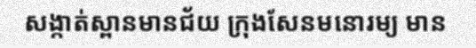
សង្កាត់ស្ពានមានជ័យ ក្រុងសែនមនោរម្យ មាន